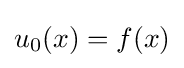
u_{0}(x)=f(x)